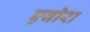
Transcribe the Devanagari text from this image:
एवोरा